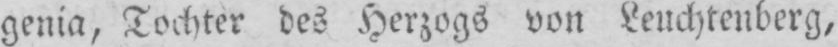
genia, Tochter des Herzogs von Leuchtenberg,